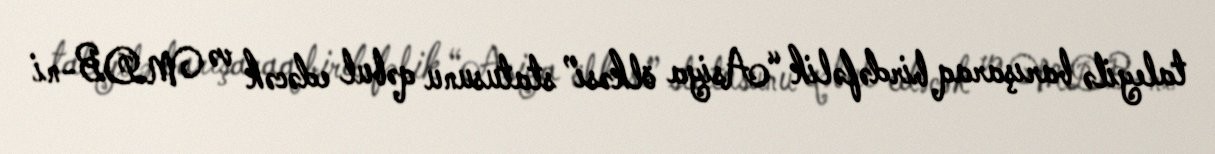
taleyilə barışaraq birdəfəlik “Asiya ölkəsi” statusunu qəbul edəcək və MDB-ni